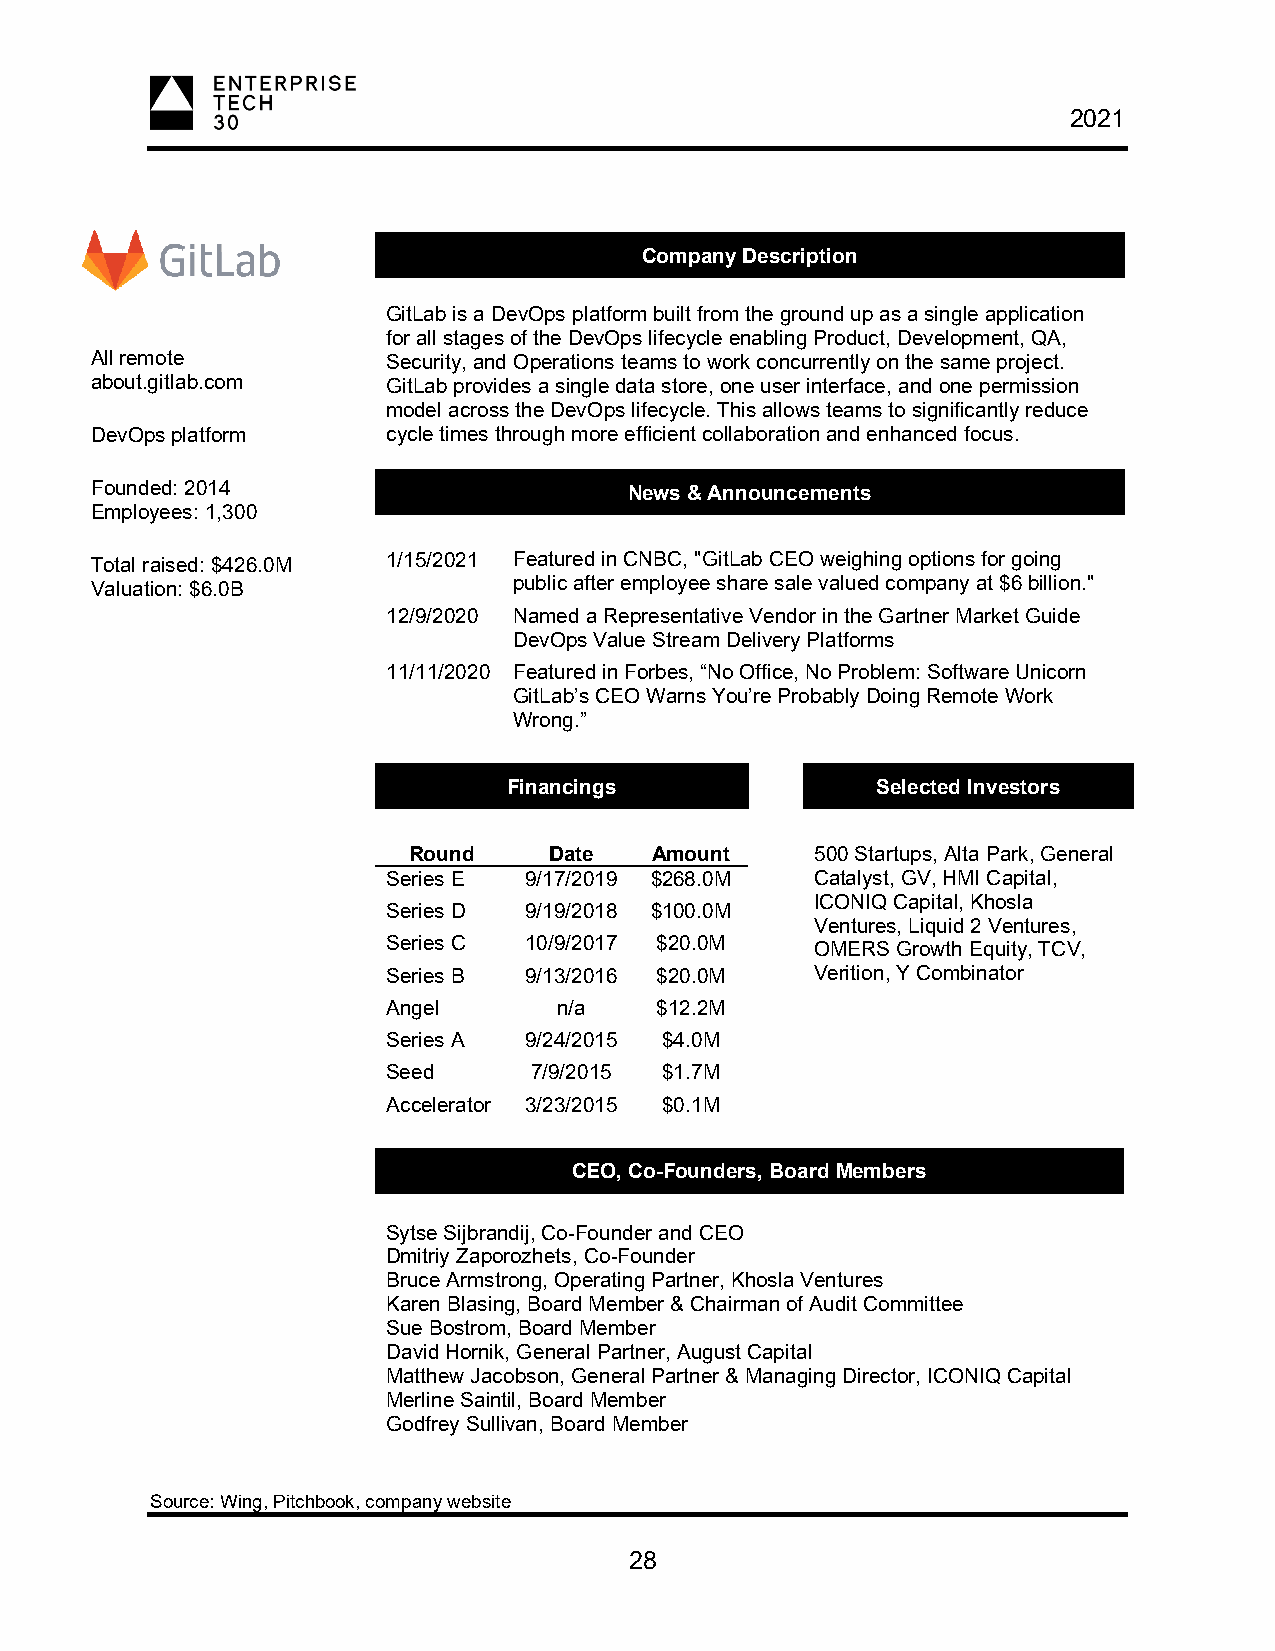
2021
 Company Description
 GitLab is a DevOps platform built from the ground up as a single application
 for all stages of the DevOps lifecycle enabling Product, Development, QA,
 All remote          Security, and Operations teams to work concurrently on the same project.
 about.gitlab.com    GitLab provides a single data store, one user interface, and one permission
 model across the DevOps lifecycle. This allows teams to significantly reduce
 DevOps platform     cycle times through more efficient collaboration and enhanced focus.
 Founded: 2014                       News & Announcements
 Employees: 1,300
 Total raised: $426.0M 1/15/2021 Featured in CNBC, "GitLab CEO weighing options for going
 Valuation: $6.0B            public after employee share sale valued company at $6 billion."
 12/9/2020 Named a Representative Vendor in the Gartner Market Guide
 DevOps Value Stream Delivery Platforms
 11/11/2020 Featured in Forbes, “No Office, No Problem: Software Unicorn
 GitLab’s CEO Warns You’re Probably Doing Remote Work
 Wrong.”
 Financings              Selected Investors
 Round    Date   Amount     500 Startups, Alta Park, General
 Series E 9/17/2019 $268.0M  Catalyst, GV, HMI Capital,
 ICONIQ Capital, Khosla
 Series D 9/19/2018 $100.0M
 Ventures, Liquid 2 Ventures,
 Series C 10/9/2017 $20.0M   OMERS Growth Equity, TCV,
 Series B 9/13/2016 $20.0M   Verition, Y Combinator
 Angel      n/a   $12.2M
 Series A 9/24/2015 $4.0M
 Seed     7/9/2015 $1.7M
 Accelerator 3/23/2015 $0.1M
 CEO, Co-Founders, Board Members
 Sytse Sijbrandij, Co-Founder and CEO
 Dmitriy Zaporozhets, Co-Founder
 Bruce Armstrong, Operating Partner, Khosla Ventures
 Karen Blasing, Board Member & Chairman of Audit Committee
 Sue Bostrom, Board Member
 David Hornik, General Partner, August Capital
 Matthew Jacobson, General Partner & Managing Director, ICONIQ Capital
 Merline Saintil, Board Member
 Godfrey Sullivan, Board Member
 Source: Wing, Pitchbook, company website
 28